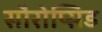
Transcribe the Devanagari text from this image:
सौरोप्सिड